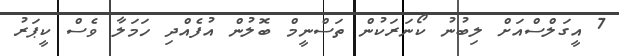
7 އީގަލްސްއަށް ލިބުނު ކޯނަރަކުން ތަސްނީމް ބޮލުން އުފެއްދި ހަމަލާ ވެސް ކީޕަރު